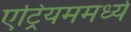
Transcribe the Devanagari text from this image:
एट्रियममध्ये